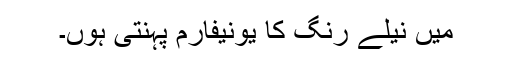
میں نیلے رنگ کا یونیفارم پہنتی ہوں۔